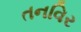
તનવિર